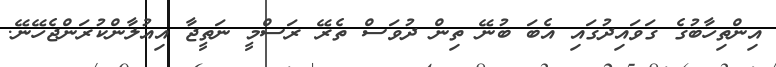
އިންތިހާބުގެ ގަވައިދުގައި އެބަ ބުނޭ ތިން ދުވަސް ތެރޭ ރަސްމީ ނަތީޖާ އިއުލާންކުރަންޖެހޭނޭ.